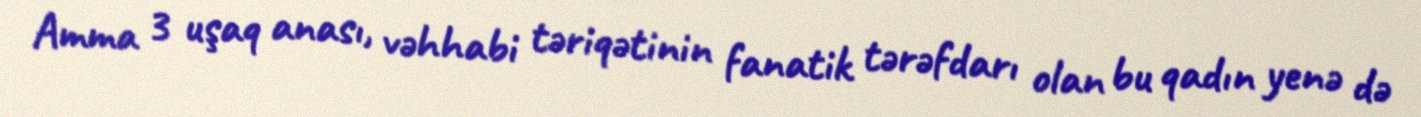
Amma 3 uşaq anası, vəhhabi təriqətinin fanatik tərəfdarı olan bu qadın yenə də